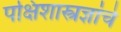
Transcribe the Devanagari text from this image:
पक्षिशास्त्रज्ञांचे